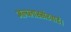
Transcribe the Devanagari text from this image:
अल्ब्लास्सेरवार्ड।